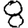
Digit: 8